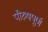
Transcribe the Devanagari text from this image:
पौरुषपूर्ण